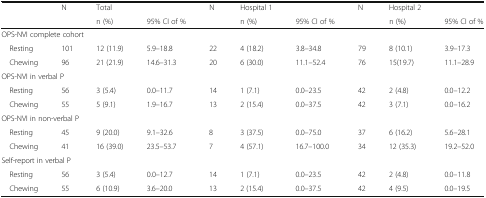
|  | N | Total |  | N | Hospital 1 |  | N | Hospital 2 |  |
 |  |  | n (%) | 95% CI of % |  | n (%) | 95% CI of % |  | n (%) | 95% CI of % |
 | --- | --- | --- | --- | --- | --- | --- | --- | --- | --- |
 | <COLSPAN=10> OPS-NVI complete cohort |
 | Resting | 101 | 12 (11.9) | 5.9–18.8 | 22 | 4 (18.2) | 3.8–34.8 | 79 | 8 (10.1) | 3.9–17.3 |
 | Chewing | 96 | 21 (21.9) | 14.6–31.3 | 20 | 6 (30.0) | 11.1–52.4 | 76 | 15(19.7) | 11.1–28.9 |
 | <COLSPAN=10> OPS-NVI in verbal P |
 | Resting | 56 | 3 (5.4) | 0.0–11.7 | 14 | 1 (7.1) | 0.0–23.5 | 42 | 2 (4.8) | 0.0–12.2 |
 | Chewing | 55 | 5 (9.1) | 1.9–16.7 | 13 | 2 (15.4) | 0.0–37.5 | 42 | 3 (7.1) | 0.0–16.2 |
 | <COLSPAN=10> OPS-NVI in non-verbal P |
 | Resting | 45 | 9 (20.0) | 9.1–32.6 | 8 | 3 (37.5) | 0.0–75.0 | 37 | 6 (16.2) | 5.6–28.1 |
 | Chewing | 41 | 16 (39.0) | 23.5–53.7 | 7 | 4 (57.1) | 16.7–100.0 | 34 | 12 (35.3) | 19.2–52.0 |
 | <COLSPAN=10> Self-report in verbal P |
 | Resting | 56 | 3 (5.4) | 0.0–12.7 | 14 | 1 (7.1) | 0.0–23.5 | 42 | 2 (4.8) | 0.0–11.8 |
 | Chewing | 55 | 6 (10.9) | 3.6–20.0 | 13 | 2 (15.4) | 0.0–37.5 | 42 | 4 (9.5) | 0.0–19.5 |